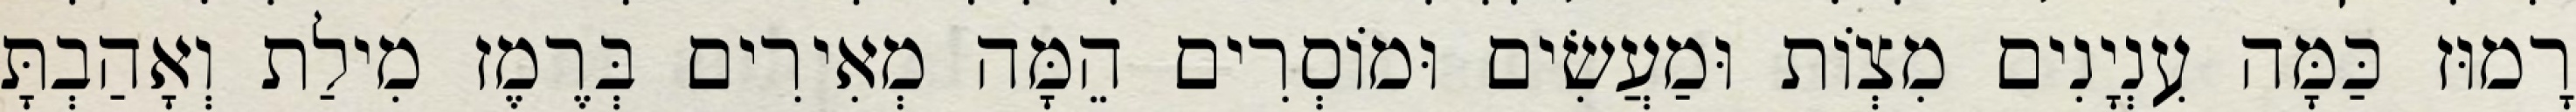
רָמוּז כַּמָּה עִנְיָנִים מִצְוֹת וּמַעֲשִׂים וּמוֹסְרִים הֵמָּה מְאִירִים בְּרֶמֶז מִילַת וְאָהַבְתָּ